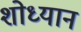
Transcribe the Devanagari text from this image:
शोध्यान